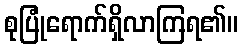
စုပြုံရောက်ရှိလာကြရ၏။